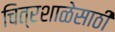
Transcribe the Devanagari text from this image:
चित्रशाळेसाठी